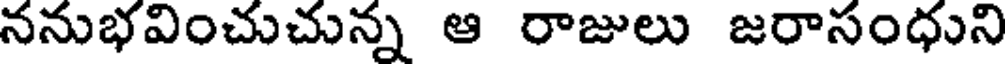
ననుభవించుచున్న ఆ రాజులు జరాసంధుని